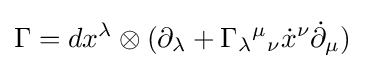
\Gamma =dx^{\lambda }\otimes (\partial _{\lambda }+\Gamma _{\lambda }{}^{\mu }{}_{\nu }{\dot {x}}^{\nu }{\dot {\partial }}_{\mu })